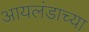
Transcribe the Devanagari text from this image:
आयलंडाच्या